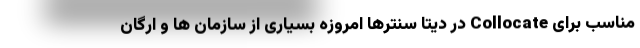
مناسب برای Collocate در دیتا سنترها امروزه بسیاری از سازمان ها و ارگان